Leaving Certificate Examination, 1915
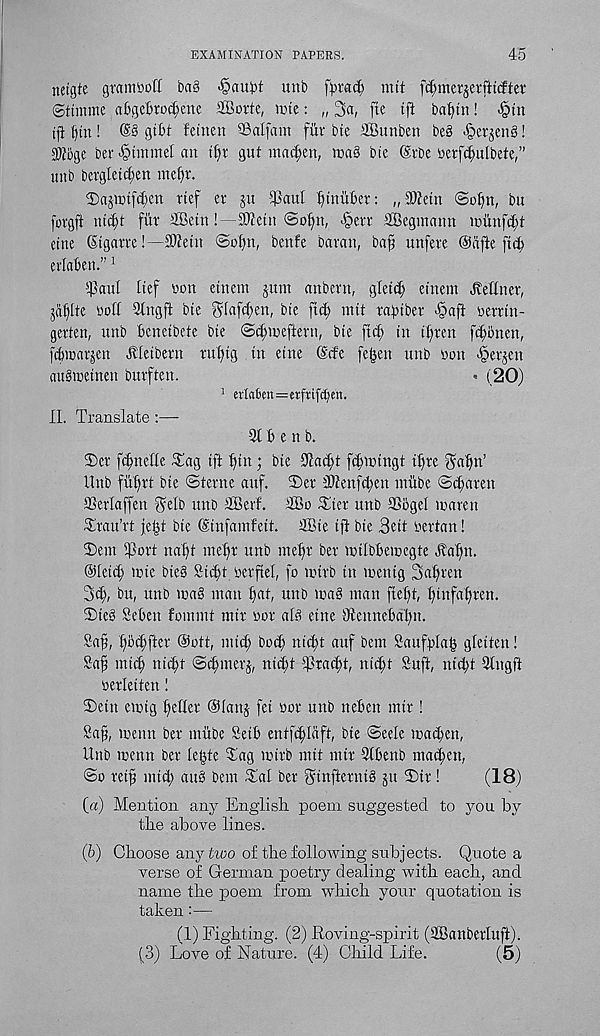
EXAMINATION PAPERS.
45
netgte gram'jo IT ba§ '§aubt unb fpracT) mtt fcfnnerjerfttcfter
Sttmme abgebrocT;ene SBorte, rote: „ 3a, fie ift bafyttt! §tn
tfi ()tn! @8 gibt Teitten SBalfam fitr bte SBunben be§ .^er^enb!
2)J5ge ber <§tmmel an t^r gut mac^en, roaS bte @rbe oerf^ulbete,”
unb bcrgletd;en meljt.
2)ajrotfd;en rtef er ju $aul Emitter: „®etn ©o^n, bu
forgft ntd)t fitr ffietn I - SOictn ©ofm, .§err SGBegmann rounfcT;t
cine (Stgarre!—-SWetn @o£)n, benfe baran, ba^ unfere ©cifte fid)
erlaben.” 1
tpaul lief non etnem jum anbern, gfettT; etnem Jvefiner,
jd^lte oott 9tngft bte gfafcften, bte jtdj mtt rafttber >§aft oerrtn-
gerten, unb benetbete bte ©ct;roeftent, bte ftci; in t[)ren fct;bnen,
febroarjen TTietbern rui)tg tn etne @cfe fe^en unb non Jperjen
aubroetnen burften.
« (20)
1 erla6m=crfrtfcbm.
II. Translate :—
21 b e n b.
2)cr fc[;nef(e Tag tft [)tn ; bte 2iaci)t fcbrotngt tt)re 3a^n’
Unb fuf)rt bte ©terne auf. ©er 3)tenfcl;en intibe ©Jarett
SSerlaffen 0elb unb SBerf. 2Bo Tier unb 23bgel roarett
Trau’rt jeijt bte ©tnfamfett. 2Bte tft bte Beit nertan!
Tent tport naft mefr unb mefr ber rotlbberoegte dta^n.
OlettJ; rote bte§ Stt^f oerftel, [o rotrb in roentg 3aT)ren
3d;, bu, unb roa§ man fiat, unb roa§ man fiefit, fytnfafiren.
©teb Sebett fommt mtr nor ate eine Otennebdl;n.
Saf, f)b(|fter @ott, mid; bot^ ni^t auf bem Saufflaf* gleiten!
Safi mid) nid;t ©t^merj, nid;t 23tad)t, nieft Suft, nid;t 2tngft
oerleiten!
©ettt erotg feller ©Ians fet oor unb neben mir!
Saf, roenn ber miibe Setb entfc^Idft, bte ©eele road;en,
Unb roenn ber lei^te Tag rotrb mtt mtr 2lbettb maiden,
©o retf mid; attb bem Tal ber ginjiernt§ jtt ©tr!
(18)
(a) Mention any English poem suggested to you by
the above lines.
(b) Choose any two of the following subjects. Quote a
verse of German poetry dealing with each, and
name the poem from which your quotation is
taken:—
(1) Fighting. (2) Roving-spirit (2BanberIuft).
(3) Love of Nature. (4) Child Life.
(5)